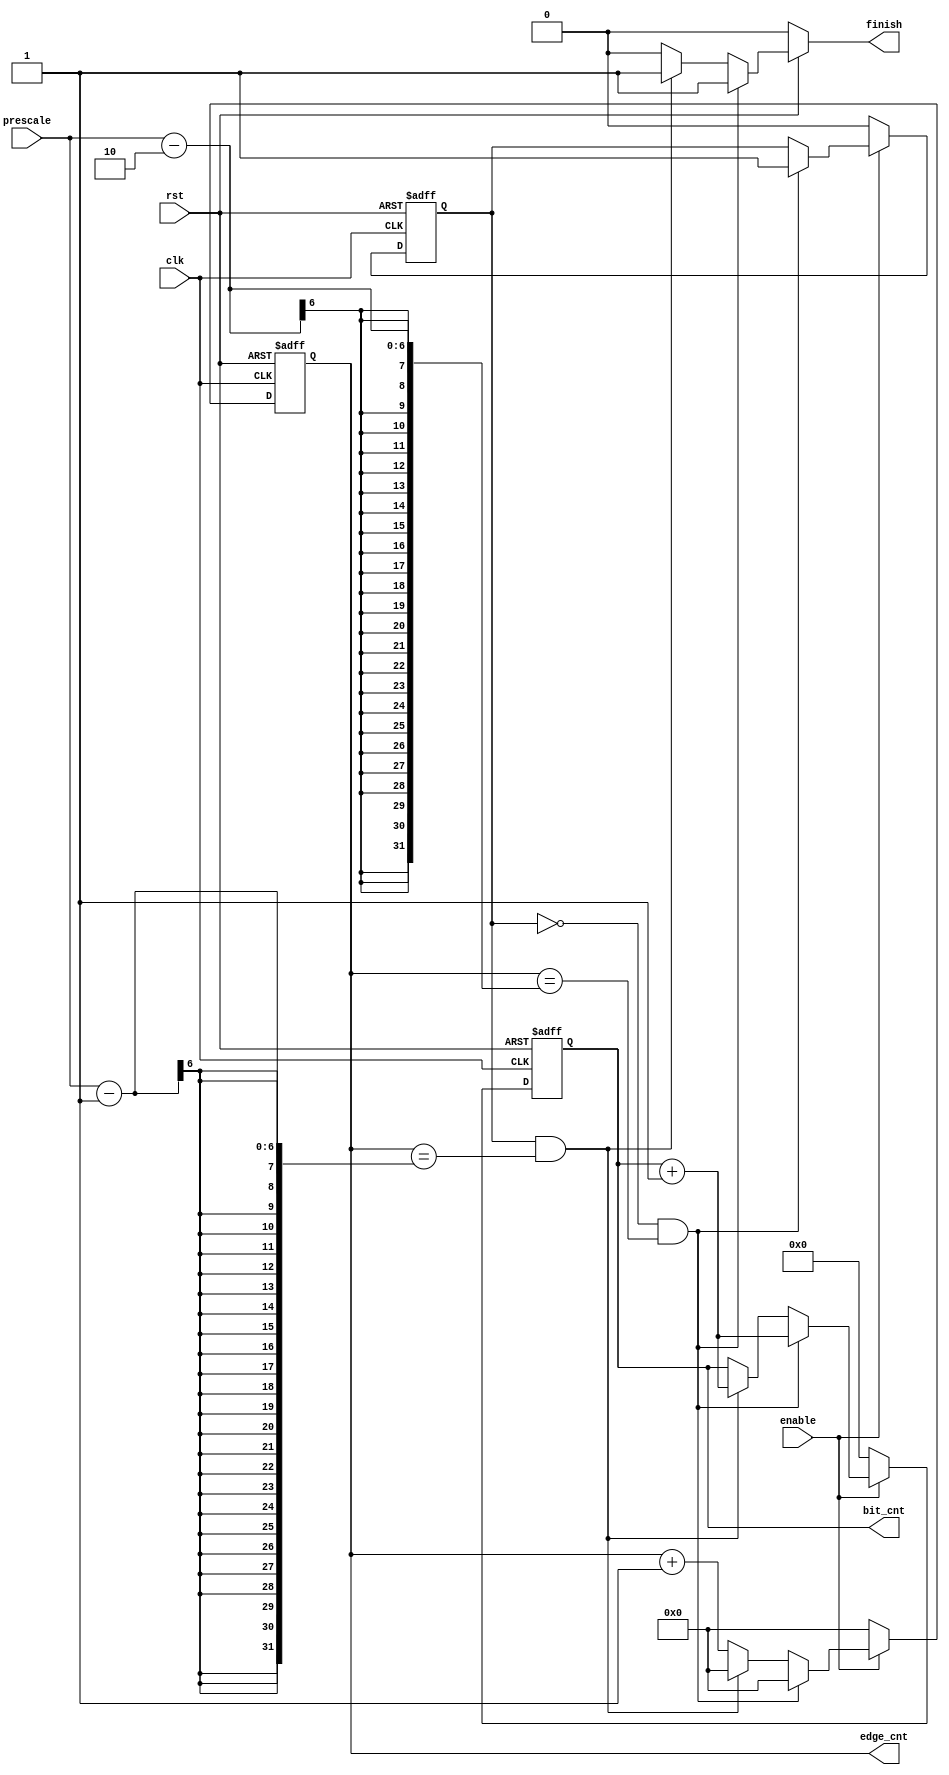
`timescale 1ns / 1ps

module edge_bit_counter (
    input enable,
    input[5:0] prescale,
    output reg [3:0] bit_cnt,
    output reg [5:0] edge_cnt,
    output reg finish,
    input clk,
    input rst
    );
    reg flag;
    //assign finish = (edge_cnt == (prescale - 1)) ? 1:0;
    //assign finish_s = (edge_cnt == (prescale - 2)) ? 1:0;
    
    always @(*) begin
        if(!rst) begin
            finish = 0;
        end
        else if (flag == 0 && edge_cnt == (prescale - 2)) begin
            finish = 1;
        end
        else if  (flag == 1 && edge_cnt == (prescale - 1)) begin
            finish = 1;        
        end
        else begin
            finish = 0;
        end
        
    end
    always@(posedge clk or negedge rst) begin 
        if(!rst) begin
            bit_cnt <= 0;
            edge_cnt <= 0;
            flag <=0;
        end 
        else if (enable) begin
            edge_cnt <= edge_cnt + 1 ;
            if (edge_cnt == prescale - 2 && flag == 0) begin
                edge_cnt <= 0;
                bit_cnt <= bit_cnt +1;
                flag <= 1;
            end
            else if (edge_cnt == prescale -1 && flag == 1) begin
                edge_cnt <= 0;
                bit_cnt <= bit_cnt +1;
            end
        end
        else if (!enable) begin 
            bit_cnt <= 0;
            edge_cnt <= 0;
            flag <=0;
        end     
    end
    
endmodule